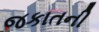
જકાતની